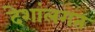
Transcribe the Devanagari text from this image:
देशांलगत